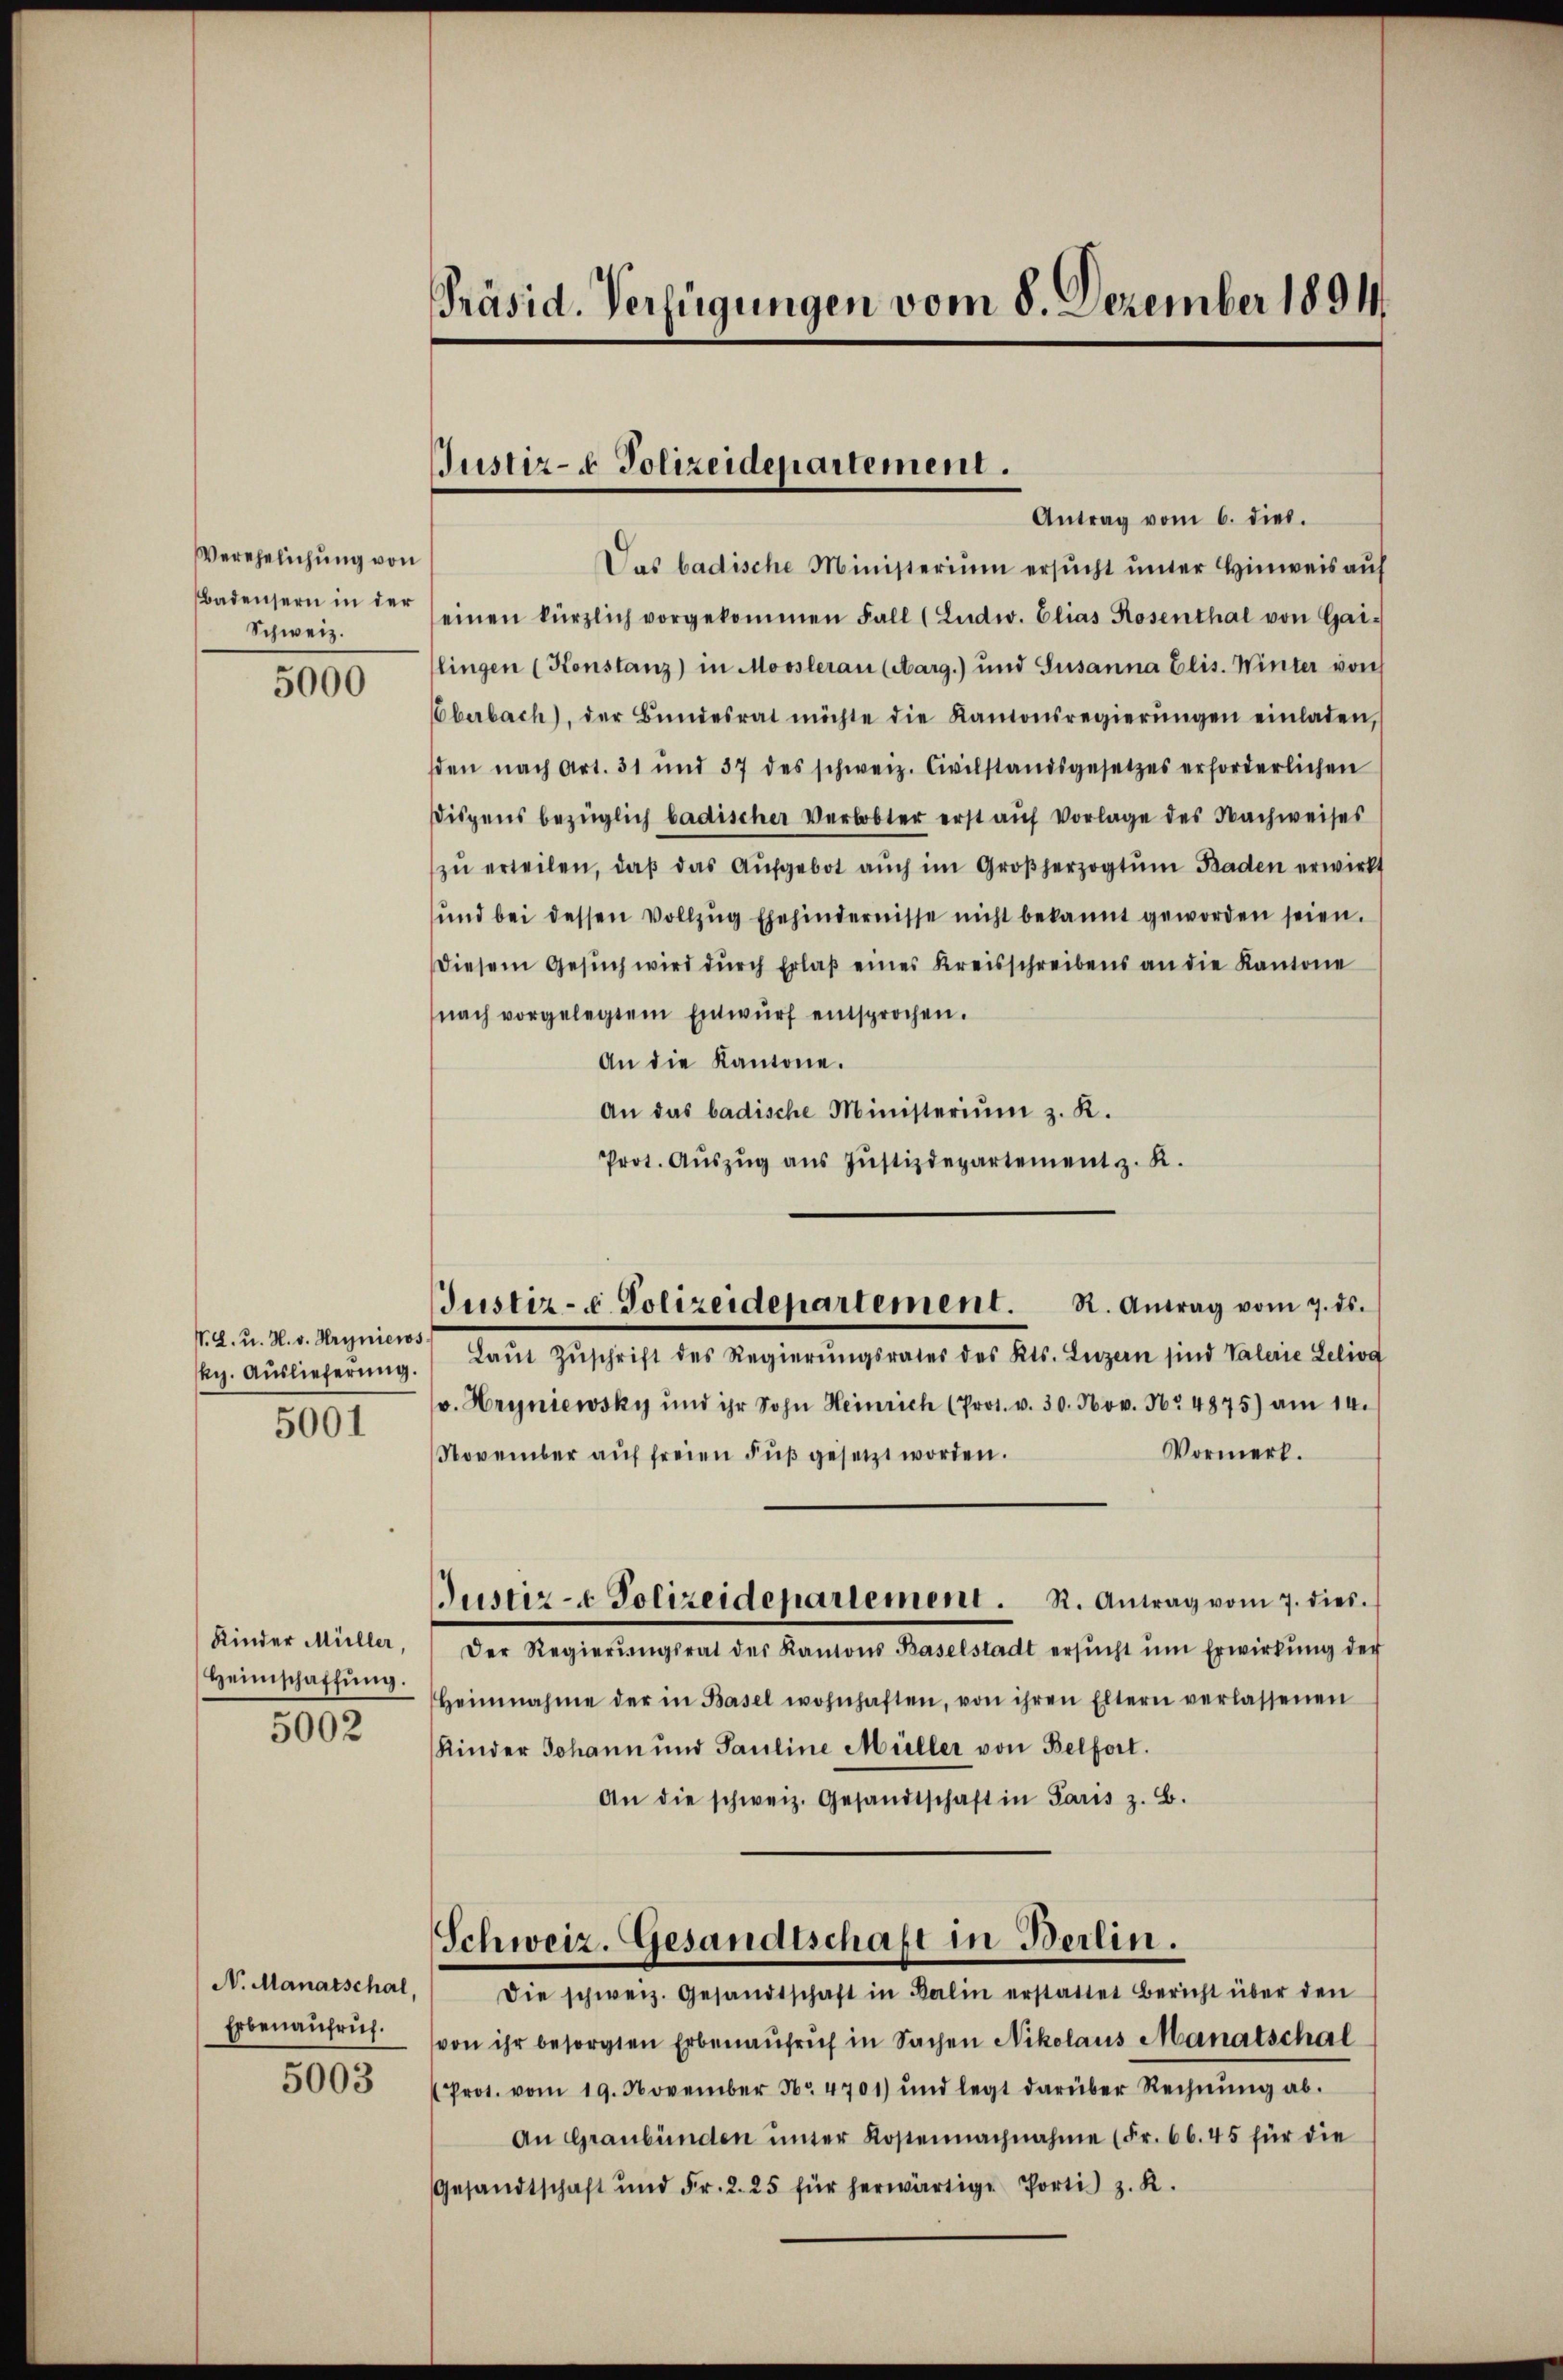
Verehelichung von
Badensern in der
Schweiz.

5000

V. d. u. H. v. Hrynier.
Rg. Auslieferŭng.
5001

Kinder Müller,
Heimschaffung.
5002

N. Manatschal
Erbenaufrich.

5003

Präsid. Verfügungen vom 8. Dezember 1894.

Justiz- & Polizeidepartement.
Antrag vom 6. dies.

Das badische Ministerium ersucht unter Hinweis auf
einen kürzlich vorgekommen Fall (Ludw. Elias Rosenthal von Gai-
lingen (Konstanz) in Mooslerau (Aarg.) und Susanna Elis. Winter von
Oberbach), der Bŭndesrat möchte die Kantonsregierŭngen einladen,
den nach Art. 31 und 37 des schweiz. Civilstandsgesetzes erforderlichen
Dispens bezüglich badischer Verlobter erst auf Vorlage des Nachweises
zŭ erteilen, daβ das Aŭfgebot aŭch im Großherzogtŭm Baden erwirkt
ŭnd bei dessen Vollzŭg Ehehindernisse nicht bekannt geworden seien.
diesem Gesŭch wird dŭrch Erlaβ eines Kreisschreibens an die Kantone
nach vorgelegtem Entwŭrf entsprochen.
An die Kantone.
An das badische Ministeriŭm z. K.
Prot. Aŭszŭg aŭs Jŭstizdepartement z. R.

Justiz- u. Polizeidepartement. R. Antrag vom 7. ds.

Justiz- & Polizeidepartement. R. Antrag vom 7. dies

Laŭt Zŭschrift des Regierŭngsrates des Kts. Luzern sind Vaterie Leliog
v. Hryniewsky und ihr Sohn Heinrich (Prot. v. 30. Nov. Nr. 4875) am 14.
Vormerk.
November aŭf freien Fuß gesetzt worden.
Der Regierŭngsrat des Kantons Baselstadt ersŭcht ŭm Erwirkung der
heimnahme der in Basel wohnhaften, von ihren Eltern verlassenen
Kinder Johann und Pauline Müller von Belfort.
An die schweiz. Gesandtschaft in Paris z. B.
Schweiz. Gesandtschaft in Berlin.
Die schweiz. Gesandtschaft in Kalin erstattet Bericht über den
von ihr besorgten Erbenaufruf in Sachen Nikolaus Manatschal
Prot. vom 19. November No. 4701) und legt darüber Rechnŭng ab.
An Graubünden ŭnter Kostennachnahme (Fr. 66. 45 für die
Gesandtschaft und Fr. 2. 25 für herwärtige Portis z. K.